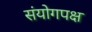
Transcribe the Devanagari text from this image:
संयोगपक्ष